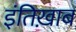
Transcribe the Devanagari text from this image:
इंतिख़ाब